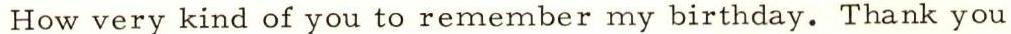
How very kind of you to remember my birthday. Thank you